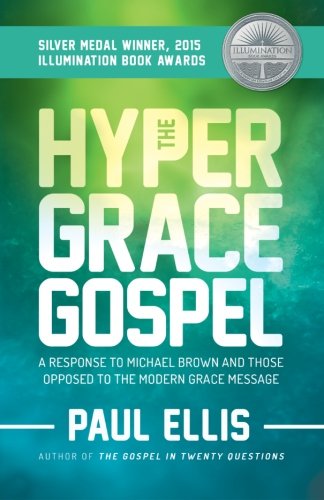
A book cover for The Hyper-Grace Gospel: A Response to Michael Brown and Those Opposed to the Modern Grace Message; Paul Ellis; Christian Books & Bibles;